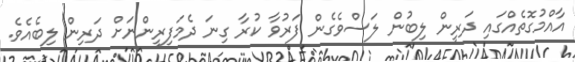
އާއްމުގޮތެއްގައި ދަރީން ލިބުން ލަސްވެގެން ފަރުވާ ކުރާ ގިނަ ދެމަފިރީންނަށް ދަރިން ލިބެއެވެ.